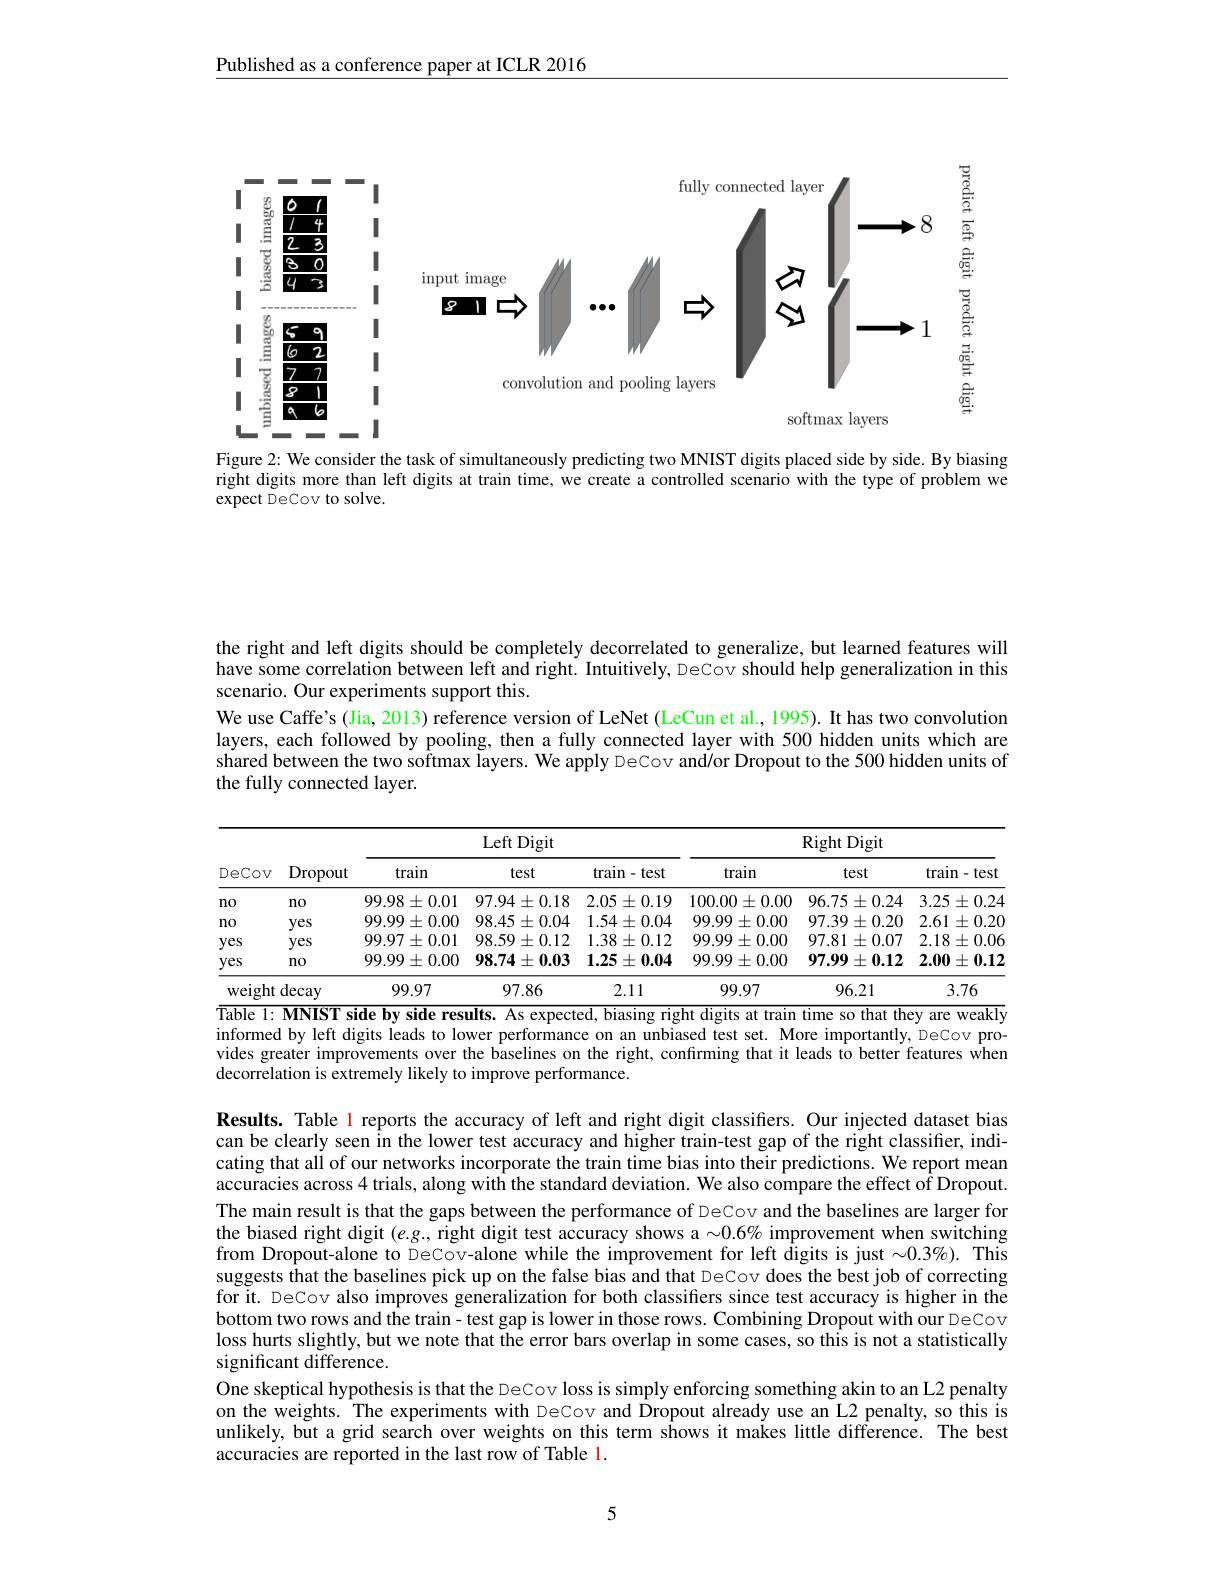
Published as a conference paper at ICLR 2016

<FigureHere>

Figure 2: We consider the task of simultaneously predicting two MNIST digits placed side by side. By biasing right digits more than left digits at train time, we create a controlled scenario with the type of problem we expect DeCov to solve.

the right and left digits should be completely decorrelated to generalize, but learned features will have some correlation between left and right. Intuitively, DeCov should help generalization in this scenario. Our experiments support this.
We use Caffe's (Jia, 2013) reference version of LeNet (LeCun et al., 1995). It has two convolution layers, each followed by pooling, then a fully connected layer with 500 hidden units which are shared between the two softmax layers. We apply DeCov and/or Dropout to the 500 hidden units of the fully connected layer.

<table>
	<tbody>
		<tr>
			<th rowspan="2">DeCov</th>
			<th rowspan="2">Dropout</th>
			<th colspan="3">Left Digit</th>
			<th colspan="3">$\operatorname{Right}$Digit</th>
		</tr>
		<tr>
			<th>train</th>
			<th>test</th>
			<th>$\tan-\tan$</th>
			<th>train</th>
			<th>test</th>
			<th>train $-test$ 一</th>
		</tr>
		<tr>
			<td>no</td>
			<td>$n0$</td>
			<td>$99.98\pm0.01$</td>
			<td>$97.94\pm0.18$</td>
			<td>$2.05\pm0.19$</td>
			<td>100.00 $)\pm0.00$</td>
			<td>$96.75\pm0.24$</td>
			<td>$3.25\pm0.24$</td>
		</tr>
		<tr>
			<td>$n0$</td>
			<td>yes</td>
			<td>99.99 $)\pm0.00$</td>
			<td>98.45 $\pm0.04$</td>
			<td>$1.54\pm0.04$</td>
			<td>99.99 $9\pm0.00$</td>
			<td>97.39 $)\pm0.20$</td>
			<td>2.61 $\pm0.20$</td>
		</tr>
		<tr>
			<td>yes</td>
			<td>yes</td>
			<td>$99.97\pm0.01$</td>
			<td>98.59 $\pm0.12$ =</td>
			<td>1.38 $\pm0.12$</td>
			<td>99.99 $\Theta\pm0.00$</td>
			<td>97.81 $\pm0.07$ 1</td>
			<td>$2.18\pm0.06$</td>
		</tr>
		<tr>
			<td>yes</td>
			<td>$n0$</td>
			<td>$99.99\pm0.00$</td>
			<td>$98.74\pm0.03$</td>
			<td>$1.25\pm0.04$</td>
			<td>$99.99\pm0.00$</td>
			<td>$97.99\pm0.12$</td>
			<td>2.00 $0\pm0.12$</td>
		</tr>
		<tr>
			<td colspan="2">weight decay</td>
			<td>99.97</td>
			<td>97.86</td>
			<td>2.11</td>
			<td>99.97</td>
			<td>96.21</td>
			<td>3.76</td>
		</tr>
	</tbody>
</table>
1: MNIST side by side results. As expected, biasing right digits at train time so that they are weakly

informed by left digits leads to lower performance on an unbiased test set. More importantly, DeCov provides greater improvements over the baselines on the right, confirming that it leads to better features when decorrelation is extremely likely to improve performance.

Results. Table 1 reports the accuracy of left and right digit classifiers. Our injected dataset bias can be clearly seen în the lower test accuracy and higher train-test gap of the right classifier, indicating that all of our networks incorporate the train time bias into their predictions. We report mean accuracies across 4 trials, along with the standard deviation. We also compare the effect of Dropout. The main result is that the gaps between the performance of DeCov and the baselines are larger for the biased right digit $(e.g$, right digit test accuracy shows a $\sim0.6\%$ improvement when switching from Dropout-alone to DeCov-alone while the improvement for left digits is just $\sim0.3\%).$ This suggests that the baselines pick up on the false bias and that DeCov does the best job of correcting for it. DeCov also improves generalization for both classifiers since test accuracy is higher in the bottom two rows and the train- test gap is lower in those rows. Combining Dropout with our DeCov loss hurts slightly, but we note that the error bars overlap in some cases, so this is not a statistically significant difference.
One skeptical hypothesis is that the DeCov loss is simply enforcing something akin to an L2 penalty on the weights. The experiments with DeCov and Dropout already use an L2 penalty, so this is unlikely, but a grid search over weights on this term shows it makes little difference. The best accuracies are reported in the last row of Table 1.

5